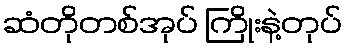
ဆံတိုတစ်အုပ် ကြိုးနဲ့တုပ်